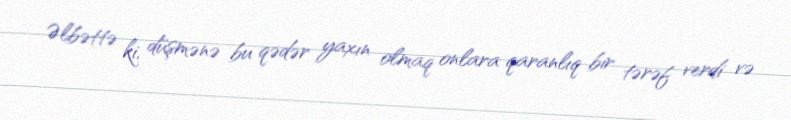
Əlbəttə ki, düşmənə bu qədər yaxın olmaq onlara qaranlıq bir tərəf verdi və